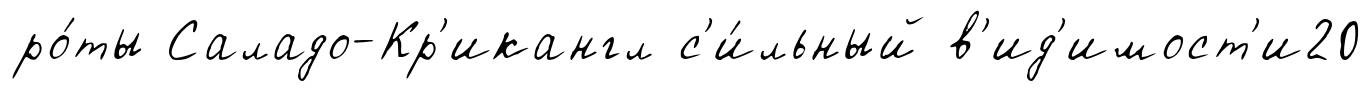
ро́ты Саладо-Кр'икангл с'и́льный в'ид'имост'и20